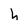
Character: h